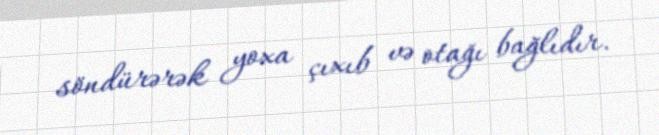
söndürərək yoxa çıxıb və otağı bağlıdır.